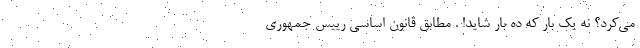
می‌کرد؟ نه یک بار که ده بار شاید! . مطابق قانون اساسی رییس جمهوری